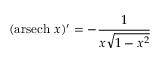
( \operatorname { a r s e c h } \, x ) ^ { \prime } = - { \frac { 1 } { x { \sqrt { 1 - x ^ { 2 } } } } }